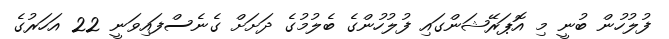
ފުލުހުން ބުނީ މި އޮޕަރޭޝަންގައި ފުލުހުންގެ ބެލުމުގެ ދަށަށް ގެނެސްފައިވަނީ 22 އަހަރުގެ